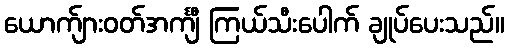
ယောက်ျားဝတ်အင်္ကျီ ကြယ်သီးပေါက် ချုပ်ပေးသည်။